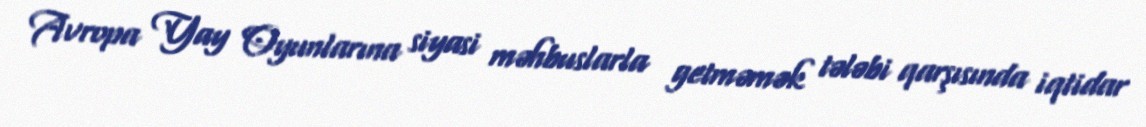
Avropa Yay Oyunlarına siyasi məhbuslarla getməmək tələbi qarşısında iqtidar